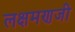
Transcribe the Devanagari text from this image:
लक्षमणजी